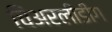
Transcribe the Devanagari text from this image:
चिअरलीडींग